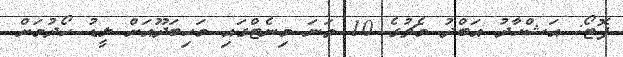
ފޮޓޯ: އަޝްހާދު އަބްދު މެޗުގެ 10 ވަނަ މިނެޓްގައި މަހިބަދޫއަށް ލީޑު ހޯދުމަށް